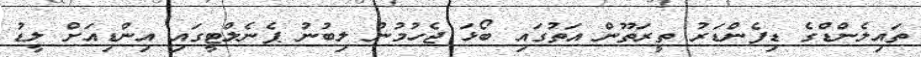
ތައިލެންޑްގެ ޑިފެންޑަރު ތީރަތޫން އަތުގައި ބޯޅަ ޖެހުމުން ލިބުނު ޕެނެލްޓީގައި އިންޑިއަށް ލީޑު